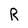
Character: R